Lunatic asylums Bombay report 1891-1903 - 1891-1903
Year: 1891
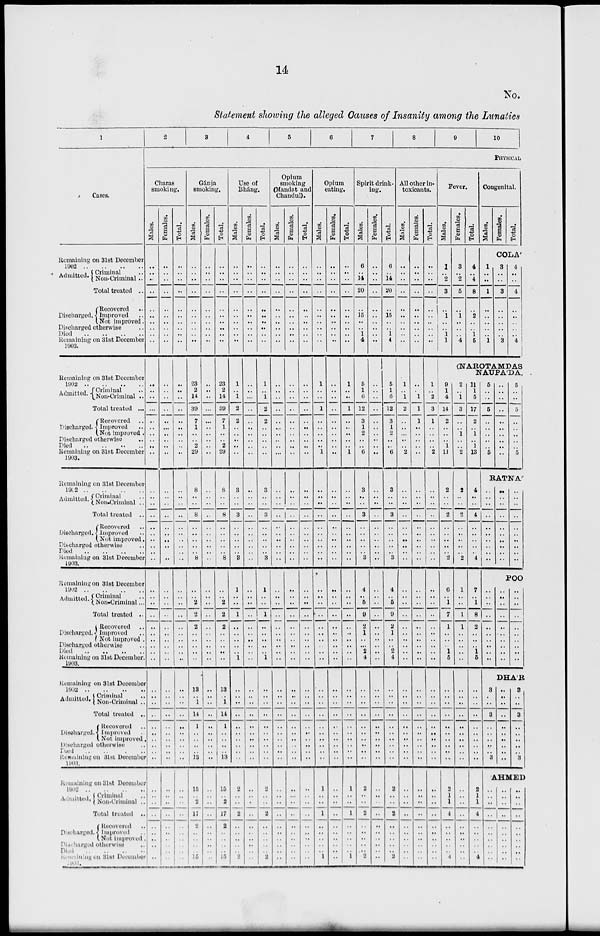
14
No.
Statement showing the alleged Causes of Insanity among the Lunatics
1
Cases.
Remaining on 31st December
1902 .. .. .. ..
Admitted. Criminal ..
Non-Criminal ..
Total treated ..
Discharged
Recovered ..
Improved ..
Not improved.
Discharged otherwise ..
Died .. .. .. ..
Remaining on 31st December
1903.
Remaining on 31st December
1902
..
..
..
..
Admitted. Criminal ...
Non-Criminal ..
Total treated ...
Discharged
Recovered ..
Improved ..
Not improved .
Discharged otherwise ..
Died .. .. .. ..
Remaining on 31st December
1903.
Remaining on 31st December
1902
..
..
..
..
Admitted. Criminal ..
Non-Criminal ..
Total treated ..
Discharged
Recovered ..
Improved ..
Not improved.
Discharged otherwise ..
Died
..
..
..
..
Remaining on 31st December
1903.
Remaining on 31stDecember
1902
..
..
..
..
Admitted. Criminal ..
Non-Criminal ..
Total treated ..
Discharged
Recovered ..
Improved ..
Not improved
Discharged otherwise ..
Died .. .. .. ..
Remaining on 31st December.
1903.
Remaining on 31st December
1902
..
..
..
..
Admitted. Criminal ..
Non-Criminal ..
Total treated ..
Discharged
Recovered ..
Improved ..
Not improved ..
Discharged otherwise ..
Died
..
..
..
..
Remaining on 31st December
1903.
Remaining on 31st December
1902 .. .. .. ..
Admitted. Criminal ..
Non-Criminal ..
Total treated ..
Discharged
Recovered ..
Improved ..
Not improved
Dischrged otherwise ..
Remaining on 31st December
1903.
2
3
4
5
6
7
8
9
10
PHYSICAL
Charas
smoking.
Males.
..
..
..
..
..
..
..
..
..
..
..
..
..
...
..
..
..
..
..
..
..
..
..
..
..
..
..
..
..
..
..
..
..
..
..
..
..
..
..
..
..
..
..
..
..
..
..
..
..
..
..
..
..
..
..
..
..
..
..
Females.
..
..
..
..
..
..
..
..
..
..
..
..
..
..
..
...
..
..
..
..
..
..
..
..
..
..
..
..
..
..
..
..
..
..
..
..
..
..
..
..
..
..
..
..
..
..
..
..
..
..
..
..
..
..
..
..
..
..
..
Total.
..
..
..
..
..
..
..
..
..
..
..
..
..
..
..
..
..
..
..
..
..
..
..
..
..
..
..
..
..
..
..
..
..
..
..
..
..
..
..
..
..
..
..
..
..
..
..
..
..
..
..
..
..
..
..
..
..
..
..
Gánja
smoking.
Males.
..
..
..
..
..
..
..
..
..
..
23
2
14
39
7
1
..
..
2
29
8
..
..
8
..
..
..
..
..
8
..
..
2
2
2
..
..
..
..
..
13
..
1
14
1
..
..
..
..
13
15
..
2
17
2
..
..
..
15
Females.
..
..
..
..
..
..
..
..
..
..
..
..
..
...
..
..
..
..
..
..
..
..
..
..
..
..
..
..
..
..
..
..
..
..
..
..
..
..
..
..
..
..
..
..
..
..
..
..
..
..
..
..
..
..
..
..
..
..
..
Total.
..
..
..
..
..
..
..
..
..
..
23
2
14
39
7
1
..
..
2
29
8
..
..
8
..
..
..
..
..
8
..
..
2
2
2
..
..
..
..
..
13
..
1
14
1
..
..
..
..
13
15
..
2
17
2
..
..
..
15
Use of
Bháng.
Males.
..
..
..
..
..
..
..
..
..
..
1
..
1
2
2
..
..
..
..
..
3
..
..
3
..
..
..
..
..
3
1
..
..
1
..
..
..
..
..
1
..
..
..
..
..
..
..
..
..
..
2
..
..
2
..
..
..
..
2
Females.
..
..
..
..
..
..
..
..
..
..
..
..
...
..
..
..
..
..
..
..
..
..
..
..
..
..
..
..
..
..
..
..
..
..
..
..
..
..
..
..
..
..
..
..
..
..
..
..
..
..
..
..
..
..
..
..
..
..
..
Total.
..
..
..
..
..
..
..
..
..
1
..
1
2
2
..
..
..
..
..
3
..
..
3
..
..
..
..
..
3
1
..
..
1
..
..
..
..
..
1
..
..
..
..
..
..
..
..
..
..
..
..
..
2
..
..
..
..
2
Opium
smoking
(Mandat and
Chandul).
Males.
..
..
..
..
..
..
..
..
..
..
..
..
..
..
..
..
..
..
..
..
..
..
..
..
..
..
..
..
..
..
..
..
..
..
..
..
..
..
..
..
..
..
..
..
..
..
..
..
..
..
..
..
..
..
..
..
..
..
..
Females.
..
..
..
..
..
..
..
..
..
..
..
..
..
..
..
..
..
..
..
..
..
..
..
..
..
..
..
..
..
..
..
..
..
..
..
..
..
..
..
..
..
..
..
..
..
..
..
..
..
..
..
..
..
..
..
..
..
..
..
Total.
..
..
..
..
..
..
..
..
..
..
..
..
..
..
..
..
..
..
..
..
..
..
..
..
..
..
..
..
..
..
..
..
..
..
..
..
..
..
..
..
..
..
..
..
..
..
..
..
..
..
..
..
..
..
..
..
..
..
..
Opium
eating.
Males.
..
..
..
..
..
..
..
..
..
..
1
..
..
1
..
..
..
..
..
1
..
..
..
..
..
..
..
..
..
..
..
..
..
..
..
..
..
..
..
..
..
..
..
..
..
..
..
..
..
..
1
..
..
1
..
..
..
..
1
Females.
..
..
..
..
..
..
..
..
..
..
..
..
..
..
..
..
..
..
..
..
..
..
..
..
..
..
..
..
..
..
..
..
..
..
..
..
..
..
..
..
..
..
..
..
..
..
..
..
..
..
..
..
..
..
..
..
..
..
..
Total.
..
..
..
..
..
..
..
..
..
..
1
..
..
1
..
..
..
..
..
1
..
..
..
..
..
..
..
..
..
..
..
..
..
..
..
..
..
..
..
..
..
..
..
..
..
..
..
..
..
..
1
..
..
1
..
..
..
..
1
Spirit drink-
ing.
Males.
6
..
14
20
..
15
..
..
1
4
5
1
6
12
3
1
2
..
..
6
3
..
..
3
..
..
..
..
..
3
4
..
5
9
2
1
..
..
2
4
..
..
..
..
..
..
..
..
..
..
2
..
..
2
..
..
..
..
2
Females.
..
..
..
..
..
..
..
..
..
..
..
..
..
..
..
..
..
..
..
..
..
..
..
..
..
..
..
..
..
..
..
..
..
..
..
..
..
..
..
..
..
..
..
..
..
..
..
..
..
..
..
..
..
..
..
..
..
..
..
Total.
6
..
14
20
..
15
..
..
1
4
5
1
6
12
3
1
2
..
..
6
3
..
..
3
..
..
..
..
..
3
4
..
5
9
2
1
..
..
2
4
..
..
..
..
..
..
..
..
..
..
2
..
..
2
..
..
..
..
2
All other in-
toxicants.
Males.
..
..
..
..
..
..
..
..
..
..
1
..
1
2
..
..
...
..
..
2
..
..
..
..
..
..
..
..
..
..
..
..
..
..
..
..
..
..
..
..
..
..
..
..
..
..
..
..
..
..
..
..
..
..
..
..
..
..
..
Females.
..
..
..
..
..
..
..
..
..
..
..
..
1
1
1
..
..
..
..
..
..
..
..
..
..
..
..
..
..
..
..
..
..
..
..
..
..
..
..
..
..
..
..
..
..
..
..
..
..
..
..
..
..
..
..
..
..
..
..
Total.
..
..
..
..
..
..
..
..
..
..
1
..
2
3
1
..
..
..
..
2
..
..
..
..
..
..
..
..
..
..
..
..
..
..
..
..
..
..
..
..
..
..
..
..
..
..
..
..
..
..
..
..
..
..
..
..
..
..
..
Fever.
Males.
1
..
2
3
..
1
..
..
1
1
9
1
4
14
2
..
..
..
1
11
2
..
..
2
..
..
..
..
..
2
6
..
1
7
1
..
..
..
1
5
..
..
..
..
..
..
..
..
..
..
2
1
1
4
..
..
..
..
1
Females.
3
..
2
5
..
1
..
..
..
4
Total.
4
..
4
8
..
2
..
..
1
5
Congenital.
Males,
Females.
Total.
COLA'
1
..
..
1
..
..
..
..
..
1
3
..
..
3
..
..
..
..
..
3
4
..
..
4
..
..
..
..
..
4
(NAROTAMDAS
NAUPA'DA.
2
..
1
3
..
..
1
..
..
2
2
..
..
2
..
..
..
..
..
2
1
..
..
1
1
..
..
..
..
..
..
..
..
..
..
..
..
..
..
..
..
..
..
..
..
..
..
..
..
11
1
5
17
2
..
1
..
1
13
4
..
..
4
..
..
..
..
..
4
7
..
1
8
2
..
..
..
1
5
..
..
..
..
..
..
..
..
..
..
2
1
1
4
..
..
..
..
4
5
..
..
5
..
..
..
..
..
5
..
..
..
..
..
..
..
..
..
..
5
..
..
5
..
..
..
..
..
5
RATNA
..
..
..
..
..
..
..
..
..
..
..
..
..
..
..
..
..
..
..
..
..
..
..
..
..
..
..
..
..
..
..
..
..
..
..
..
..
..
..
..
POO
..
..
..
..
..
..
..
..
..
..
..
..
..
..
..
..
..
..
..
..
DHA'R
3
..
..
3
..
..
..
..
..
3
..
..
..
..
..
..
..
..
..
..
3
..
..
3
..
..
..
..
..
3
AHMED
..
..
..
..
..
..
..
..
..
..
..
..
..
..
..
..
..
..
..
..
..
..
..
..
..
..
..